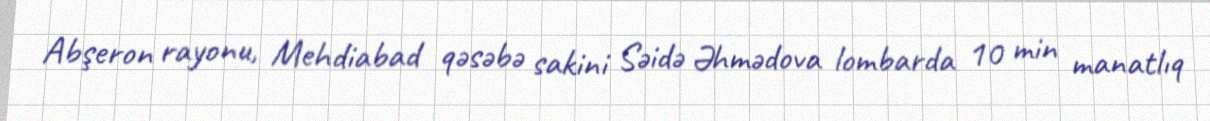
Abşeron rayonu, Mehdiabad qəsəbə sakini Səidə Əhmədova lombarda 10 min manatlıq